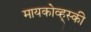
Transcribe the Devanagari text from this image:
मायकोव्ह्‌स्की